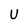
Character: U